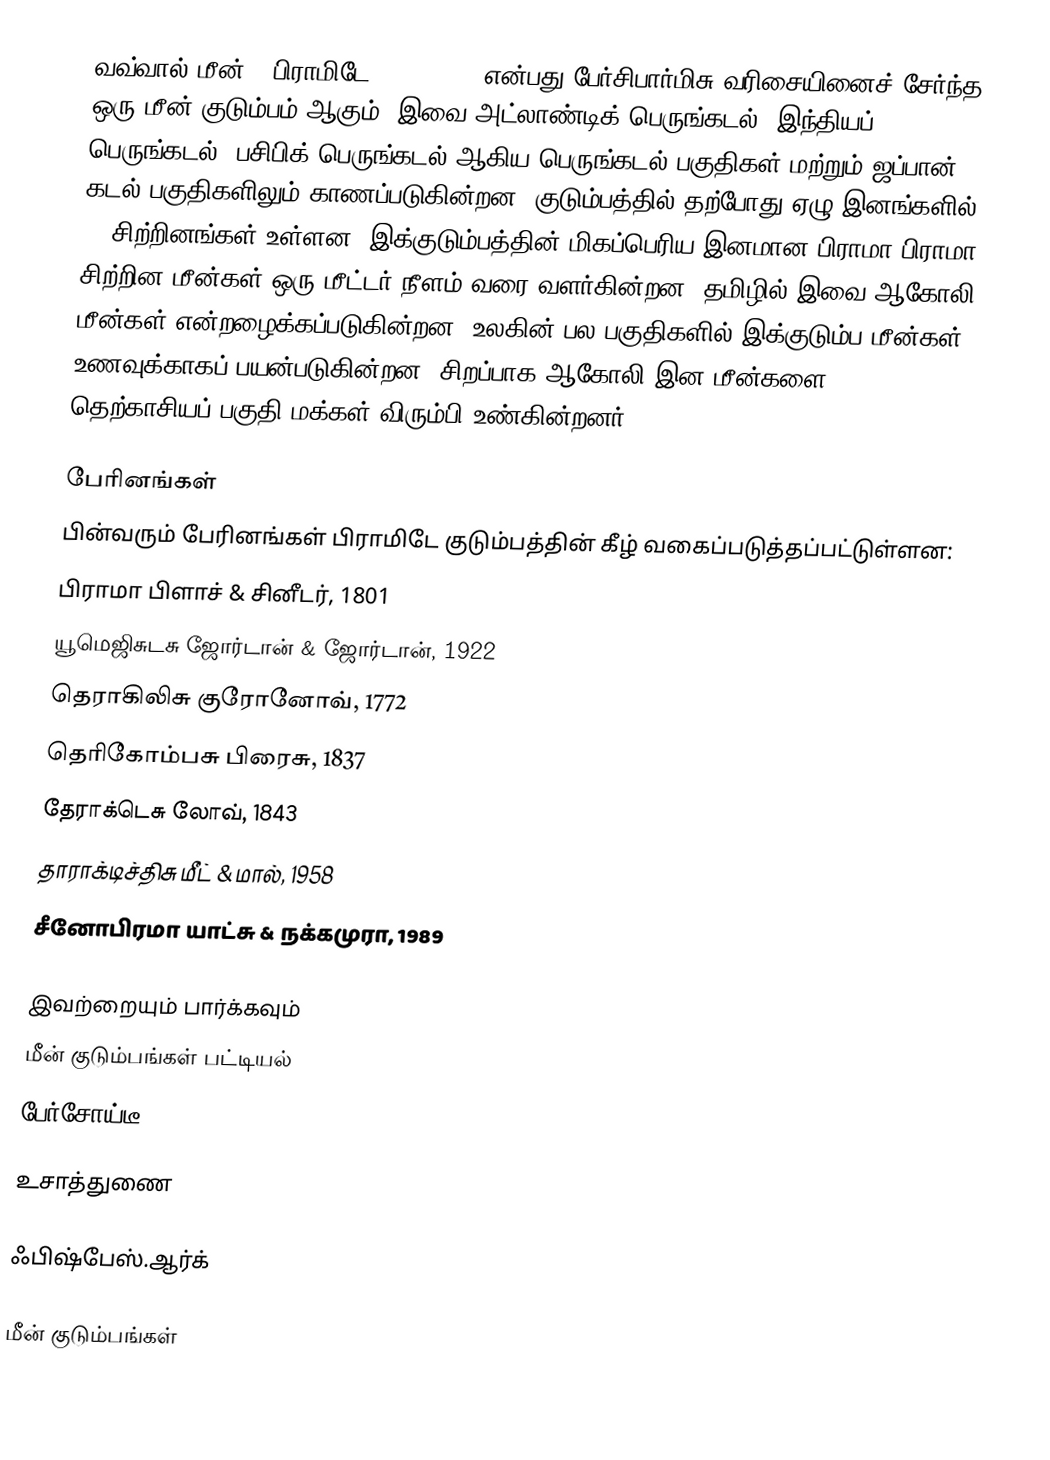
வவ்வால் மீன் (=பிராமிடே)(Pomfret), என்பது பேர்சிபார்மிசு வரிசையினைச் சேர்ந்த ஒரு மீன் குடும்பம் ஆகும். இவை அட்லாண்டிக் பெருங்கடல், இந்தியப் பெருங்கடல், பசிபிக் பெருங்கடல் ஆகிய பெருங்கடல் பகுதிகள் மற்றும் ஜப்பான் கடல் பகுதிகளிலும் காணப்படுகின்றன.  குடும்பத்தில் தற்போது ஏழு இனங்களில் 20 சிற்றினங்கள் உள்ளன. இக்குடும்பத்தின் மிகப்பெரிய இனமான பிராமா பிராமா சிற்றின மீன்கள் ஒரு மீட்டர் நீளம் வரை வளர்கின்றன. தமிழில் இவை ஆகோலி மீன்கள் என்றழைக்கப்படுகின்றன. உலகின் பல பகுதிகளில் இக்குடும்ப மீன்கள் உணவுக்காகப் பயன்படுகின்றன. சிறப்பாக ஆகோலி இன மீன்களை தெற்காசியப் பகுதி மக்கள் விரும்பி உண்கின்றனர்.

பேரினங்கள்
பின்வரும் பேரினங்கள் பிராமிடே குடும்பத்தின் கீழ் வகைப்படுத்தப்பட்டுள்ளன:
 பிராமா பிளாச் & சினீடர், 1801
 யூமெஜிசுடசு ஜோர்டான் & ஜோர்டான், 1922
 தெராகிலிசு குரோனோவ், 1772
 தெரிகோம்பசு பிரைசு, 1837
 தேராக்டெசு லோவ், 1843
 தாராக்டிச்திசு மீட் & மால், 1958
 சீனோபிரமா யாட்சு & நக்கமுரா, 1989

இவற்றையும் பார்க்கவும்
 மீன் குடும்பங்கள் பட்டியல்
 பேர்சோய்டீ

உசாத்துணை

 ஃபிஷ்பேஸ்.ஆர்க்

மீன் குடும்பங்கள்